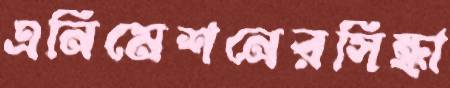
এনিমেশনেরসিন্ধা